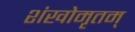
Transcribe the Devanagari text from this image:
शंखोमृतम्